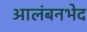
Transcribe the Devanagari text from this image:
आलंबनभेद